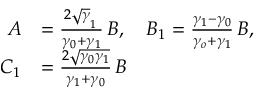
\begin{array} { r l } { A } & { = \frac { 2 \sqrt \gamma _ { 1 } \, } { \gamma _ { 0 } + \gamma _ { 1 } } \, B , \quad B _ { 1 } = \frac { \gamma _ { 1 } - \gamma _ { 0 } } { \gamma _ { o } + \gamma _ { 1 } } \, B , } \\ { C _ { 1 } } & { = \frac { 2 \sqrt { \gamma _ { 0 } \gamma _ { 1 } } } { \gamma _ { 1 } + \gamma _ { 0 } } \, B } \end{array}